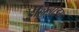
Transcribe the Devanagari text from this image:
ईल्लिनोइस